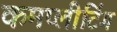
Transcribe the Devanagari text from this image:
कमप्लीटिंग